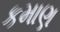
કમાણ